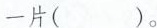
一片( )。